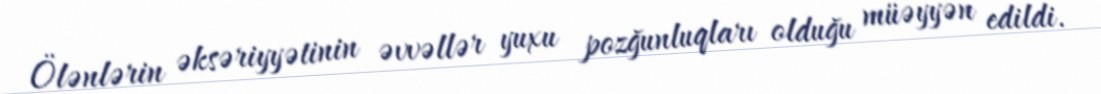
Ölənlərin əksəriyyətinin əvvəllər yuxu pozğunluqları olduğu müəyyən edildi.